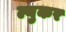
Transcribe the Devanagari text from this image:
ल्युकर